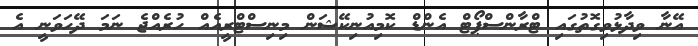
އޭނާ ވިދާޅުވިގޮތުގައި ޓްރާންސްޕޯޓް އެންޑް ކޮމިއުނިކޭޝަން މިނިސްޓްރީއެއް ހުރެއްޖެ ނަމަ ދޭހަވަނީ އެ